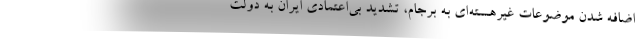
اضافه شدن موضوعات غیرهسته‌ای به برجام، تشدید بی‌اعتمادی ایران به دولت